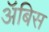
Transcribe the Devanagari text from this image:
ॲबिस